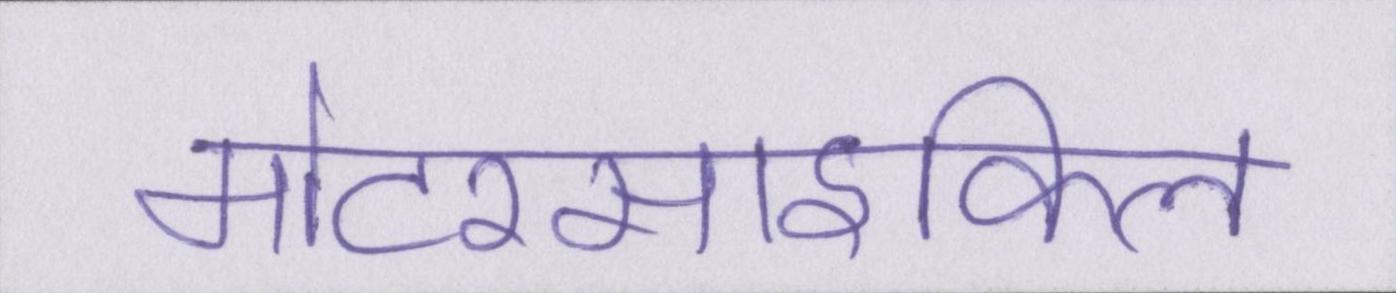
मोटरसाइकिल